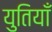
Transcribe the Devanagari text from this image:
युतियाँ